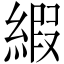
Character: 縀